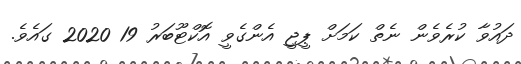
ދައުވާ ކުރެވެން ނެތް ކަމަށް ޕީޖީ އެންގެވީ އޮކްޓޫބަރު 19 2020 ގައެވެ.